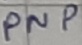
Text: PNP